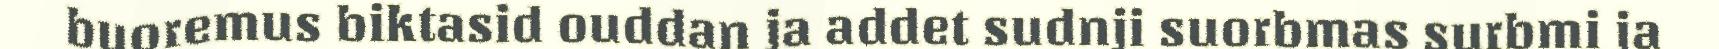
buoremus biktasid ouddan ja addet sudnji suorbmas surbmi ja